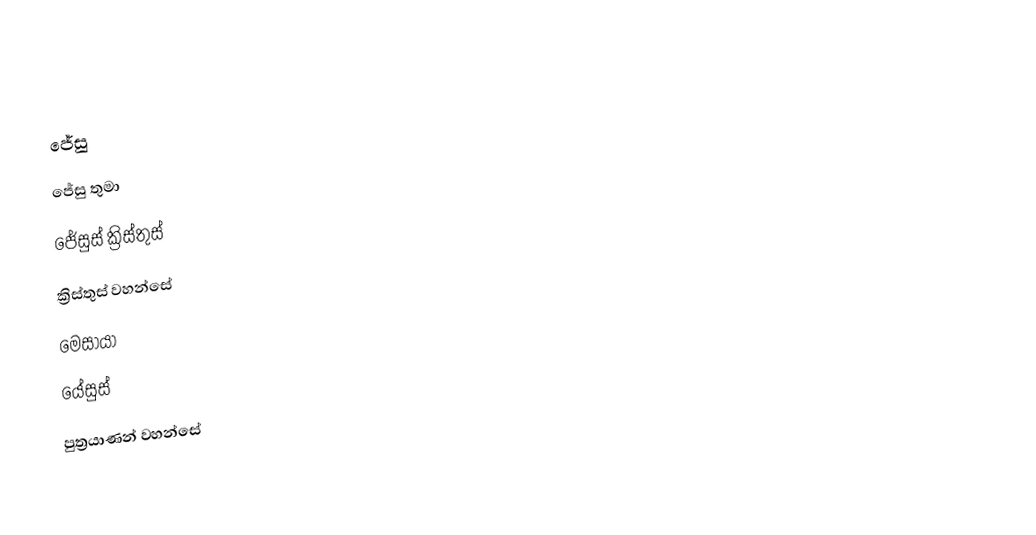
ජේසු
ජේසු තුමා
ජේසුස් ක්‍රිස්තුස්
ක්‍රිස්තුස් වහන්සේ
මෙසායා
යේසුස්
පුත්‍රයාණන් වහන්සේ